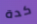
كدة